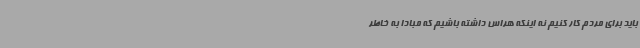
باید برای مردم کار کنیم نه اینکه هراس داشته باشیم که مبادا به خاطر